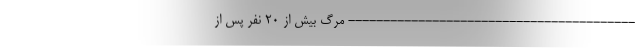
----------------------------------------- مرگ بیش از 20 نفر پس از